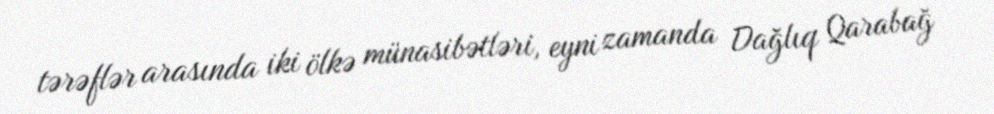
tərəflər arasında iki ölkə münasibətləri, eyni zamanda Dağlıq Qarabağ